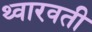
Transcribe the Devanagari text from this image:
थ्वारवती